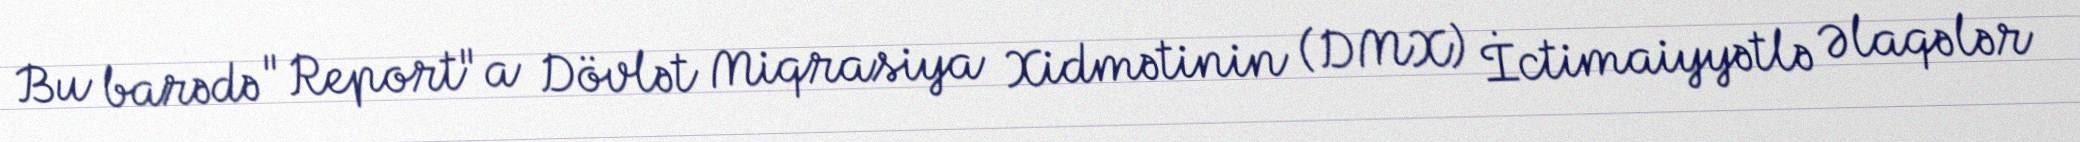
Bu barədə "Report"a Dövlət Miqrasiya Xidmətinin (DMX) İctimaiyyətlə Əlaqələr